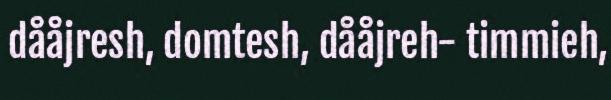
dååjresh, domtesh, dååjreh- timmieh,